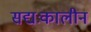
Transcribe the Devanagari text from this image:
सद्यःकालीन